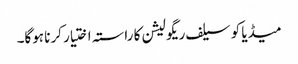
میڈیا کو سیلف ریگولیشن کا راستہ اختیار کرنا ہوگا۔